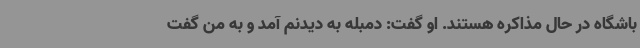
باشگاه در حال مذاکره هستند. او گفت: دمبله به دیدنم آمد و به من گفت